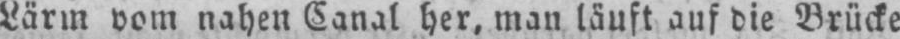
Lärm vom nahen Canal her. man läuft auf die Brücke